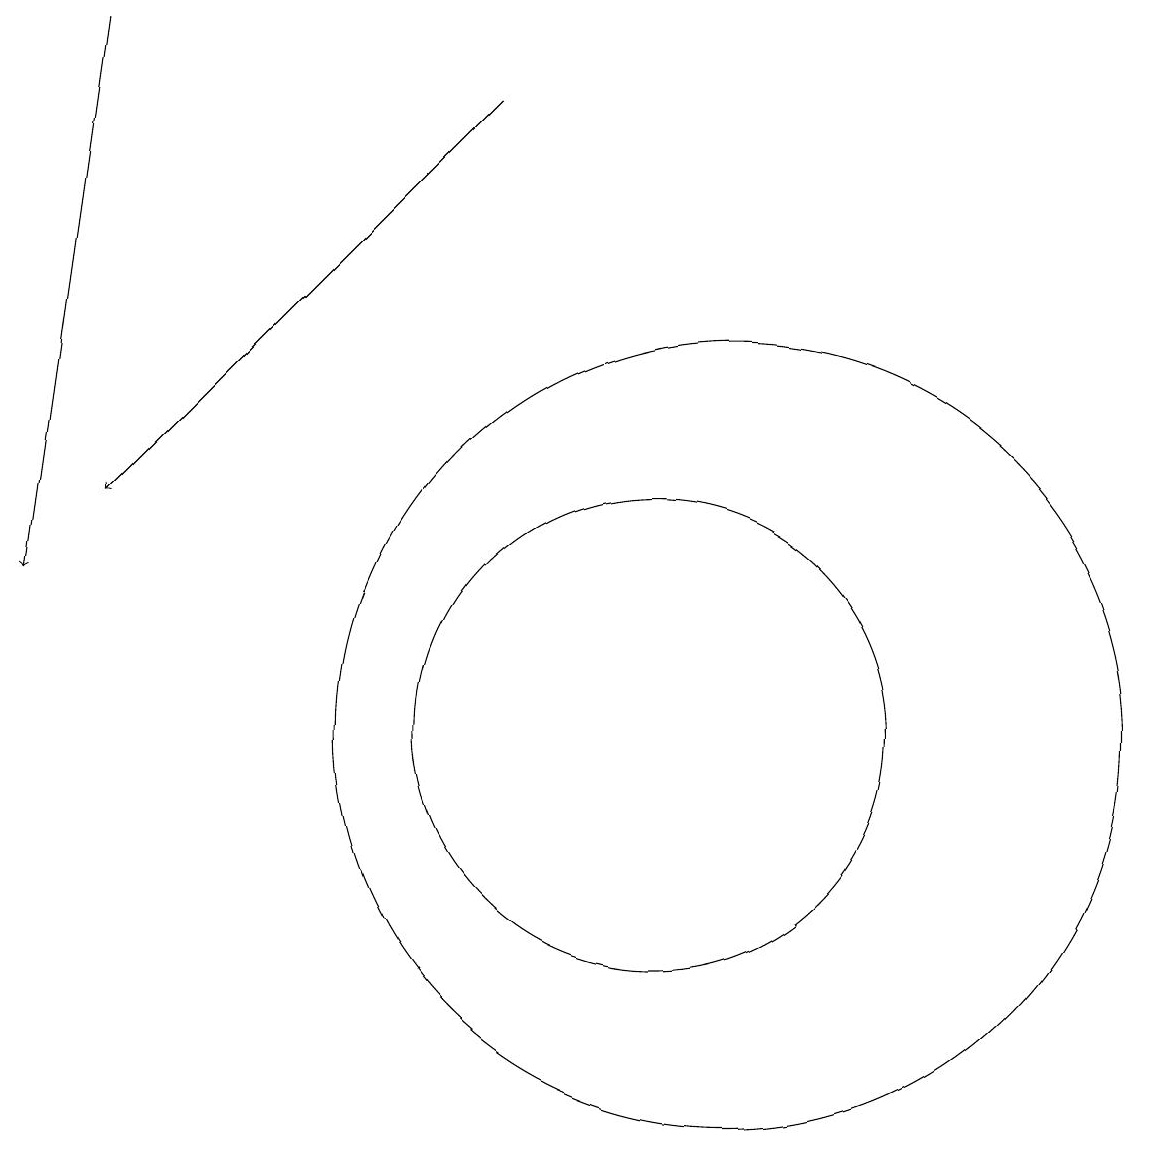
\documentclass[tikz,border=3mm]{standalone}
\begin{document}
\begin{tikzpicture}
\draw (11,10) circle (3);
\draw (12,10) circle (5);
\draw[->] (4,19) -- (3,12);
\draw[->] (9,18) -- (4,13);
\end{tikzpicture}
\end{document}